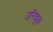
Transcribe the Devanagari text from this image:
उनिच्चुक